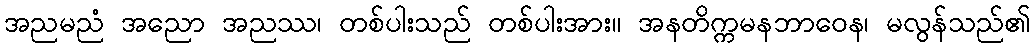
အညမညံ အညော အညဿ၊ တစ်ပါးသည် တစ်ပါးအား။ အနတိက္ကမနဘာဝေန၊ မလွန်သည်၏